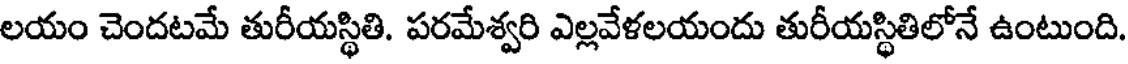
లయం చెందటమే తురీయస్థితి. పరమేశ్వరి ఎల్లవేళలయందు తురీయస్థితిలోనే ఉంటుంది